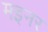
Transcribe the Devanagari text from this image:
मइनर